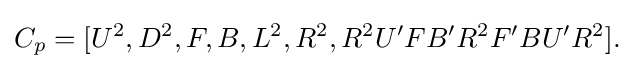
C_{p}=[U^{2},D^{2},F,B,L^{2},R^{2},R^{2}U^{\prime }FB^{\prime }R^{2}F^{\prime }BU^{\prime }R^{2}].\,\!